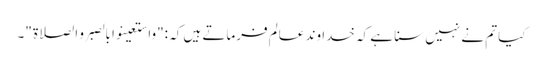
کیا تم نے نہیں سنا ہے کہ خدا وند عالم فرماتے ہیں کہ :"واستعینوا بالصبر و الصلاۃ "۔